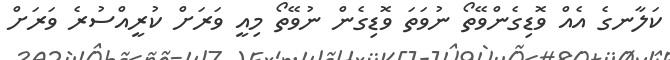
ކަލާނގެ އެއް ވޮޑިގެންވޭތޯ ނުވަތަ ވޮޑިގެން ނުވޭތޯ މިއީ ވަރަށް ކުރީއްސުރެ ވަރަށް